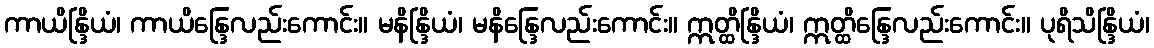
ကာယိန္ဒြိယံ၊ ကာယိန္ဒြေလည်းကောင်း။ မနိန္ဒြိယံ၊ မနိန္ဒြေလည်းကောင်း။ ဣတ္ထိန္ဒြိယံ၊ ဣတ္ထိန္ဒြေလည်းကောင်း။ ပုရိသိန္ဒြိယံ၊